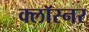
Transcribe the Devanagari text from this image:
क्लॉस्नर